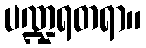
ပဏ္ဍရတရာ။